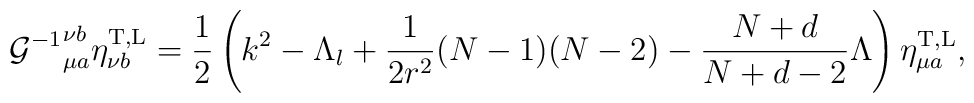
{{\cal G}^{-1}}^{\nu b}_{\mu a}\eta^{\rm T,L}_{\nu b}=\frac{1}{2}\left(k^{2}-\Lambda_{l}+\frac{1}{2r^{2}}(N-1)(N-2)-\frac{N+d}{N+d-2}\Lambda\right)\eta^{\rm T,L}_{\mu a},